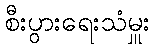
စီးပွားရေးသံမှူး